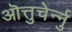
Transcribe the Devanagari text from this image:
ऒत्तुचेर्न्नु